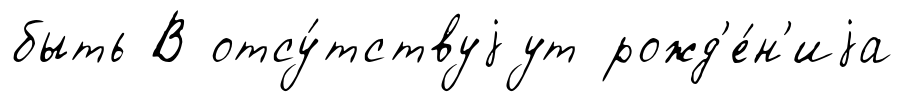
быть В отсу́тствуjут рожд'е́н'иjа